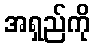
အရှည်ကို